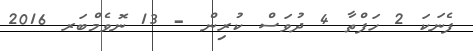
ފެނަކަ 2 ހަފްތާ 4 ދުވަސް ކުރިން - 13 ނޮވެމްބަރ 2016